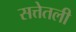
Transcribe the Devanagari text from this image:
सत्तेतली